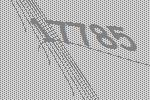
17785